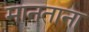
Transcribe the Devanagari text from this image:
मानताना